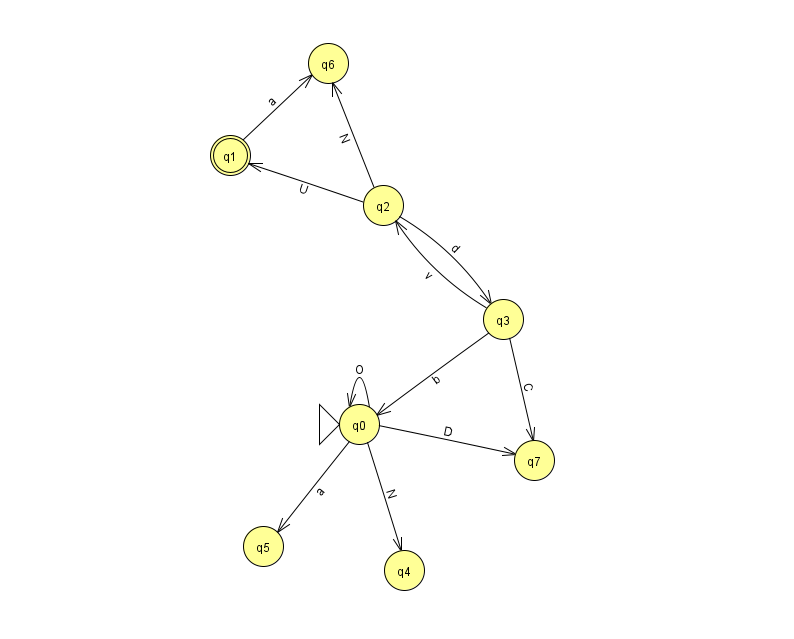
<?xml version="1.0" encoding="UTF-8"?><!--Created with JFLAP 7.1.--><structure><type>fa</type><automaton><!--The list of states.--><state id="0" name="q0"><x>359.0</x><y>411.0</y><initial/></state><state id="1" name="q1"><x>230.0</x><y>142.0</y><final/></state><state id="2" name="q2"><x>383.0</x><y>192.0</y></state><state id="3" name="q3"><x>503.0</x><y>306.0</y></state><state id="4" name="q4"><x>404.0</x><y>557.0</y></state><state id="5" name="q5"><x>263.0</x><y>533.0</y></state><state id="6" name="q6"><x>328.0</x><y>50.0</y></state><state id="7" name="q7"><x>534.0</x><y>447.0</y></state><!--The list of transitions.--><transition><from>3</from><to>7</to><read>C</read></transition><transition><from>3</from><to>2</to><read>v</read></transition><transition><from>0</from><to>5</to><read>a</read></transition><transition><from>2</from><to>3</to><read>d</read></transition><transition><from>0</from><to>4</to><read>N</read></transition><transition><from>3</from><to>0</to><read>b</read></transition><transition><from>2</from><to>1</to><read>U</read></transition><transition><from>0</from><to>7</to><read>D</read></transition><transition><from>1</from><to>6</to><read>a</read></transition><transition><from>0</from><to>0</to><read>O</read></transition><transition><from>2</from><to>6</to><read>N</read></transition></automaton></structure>